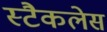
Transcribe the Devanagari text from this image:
स्टैकलेस